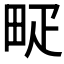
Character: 𤱐